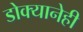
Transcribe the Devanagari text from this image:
डोक्यानेही